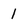
Character: 1